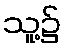
သူ့၌